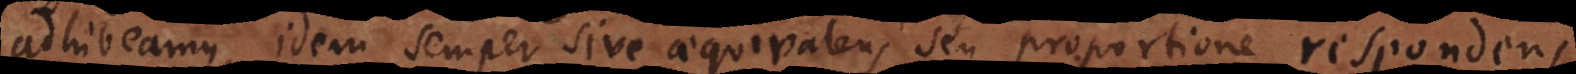
adhibeamus, idem semper sive aequivalens seu proportione respondens